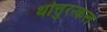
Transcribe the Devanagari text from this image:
थोत्तुरन्कल